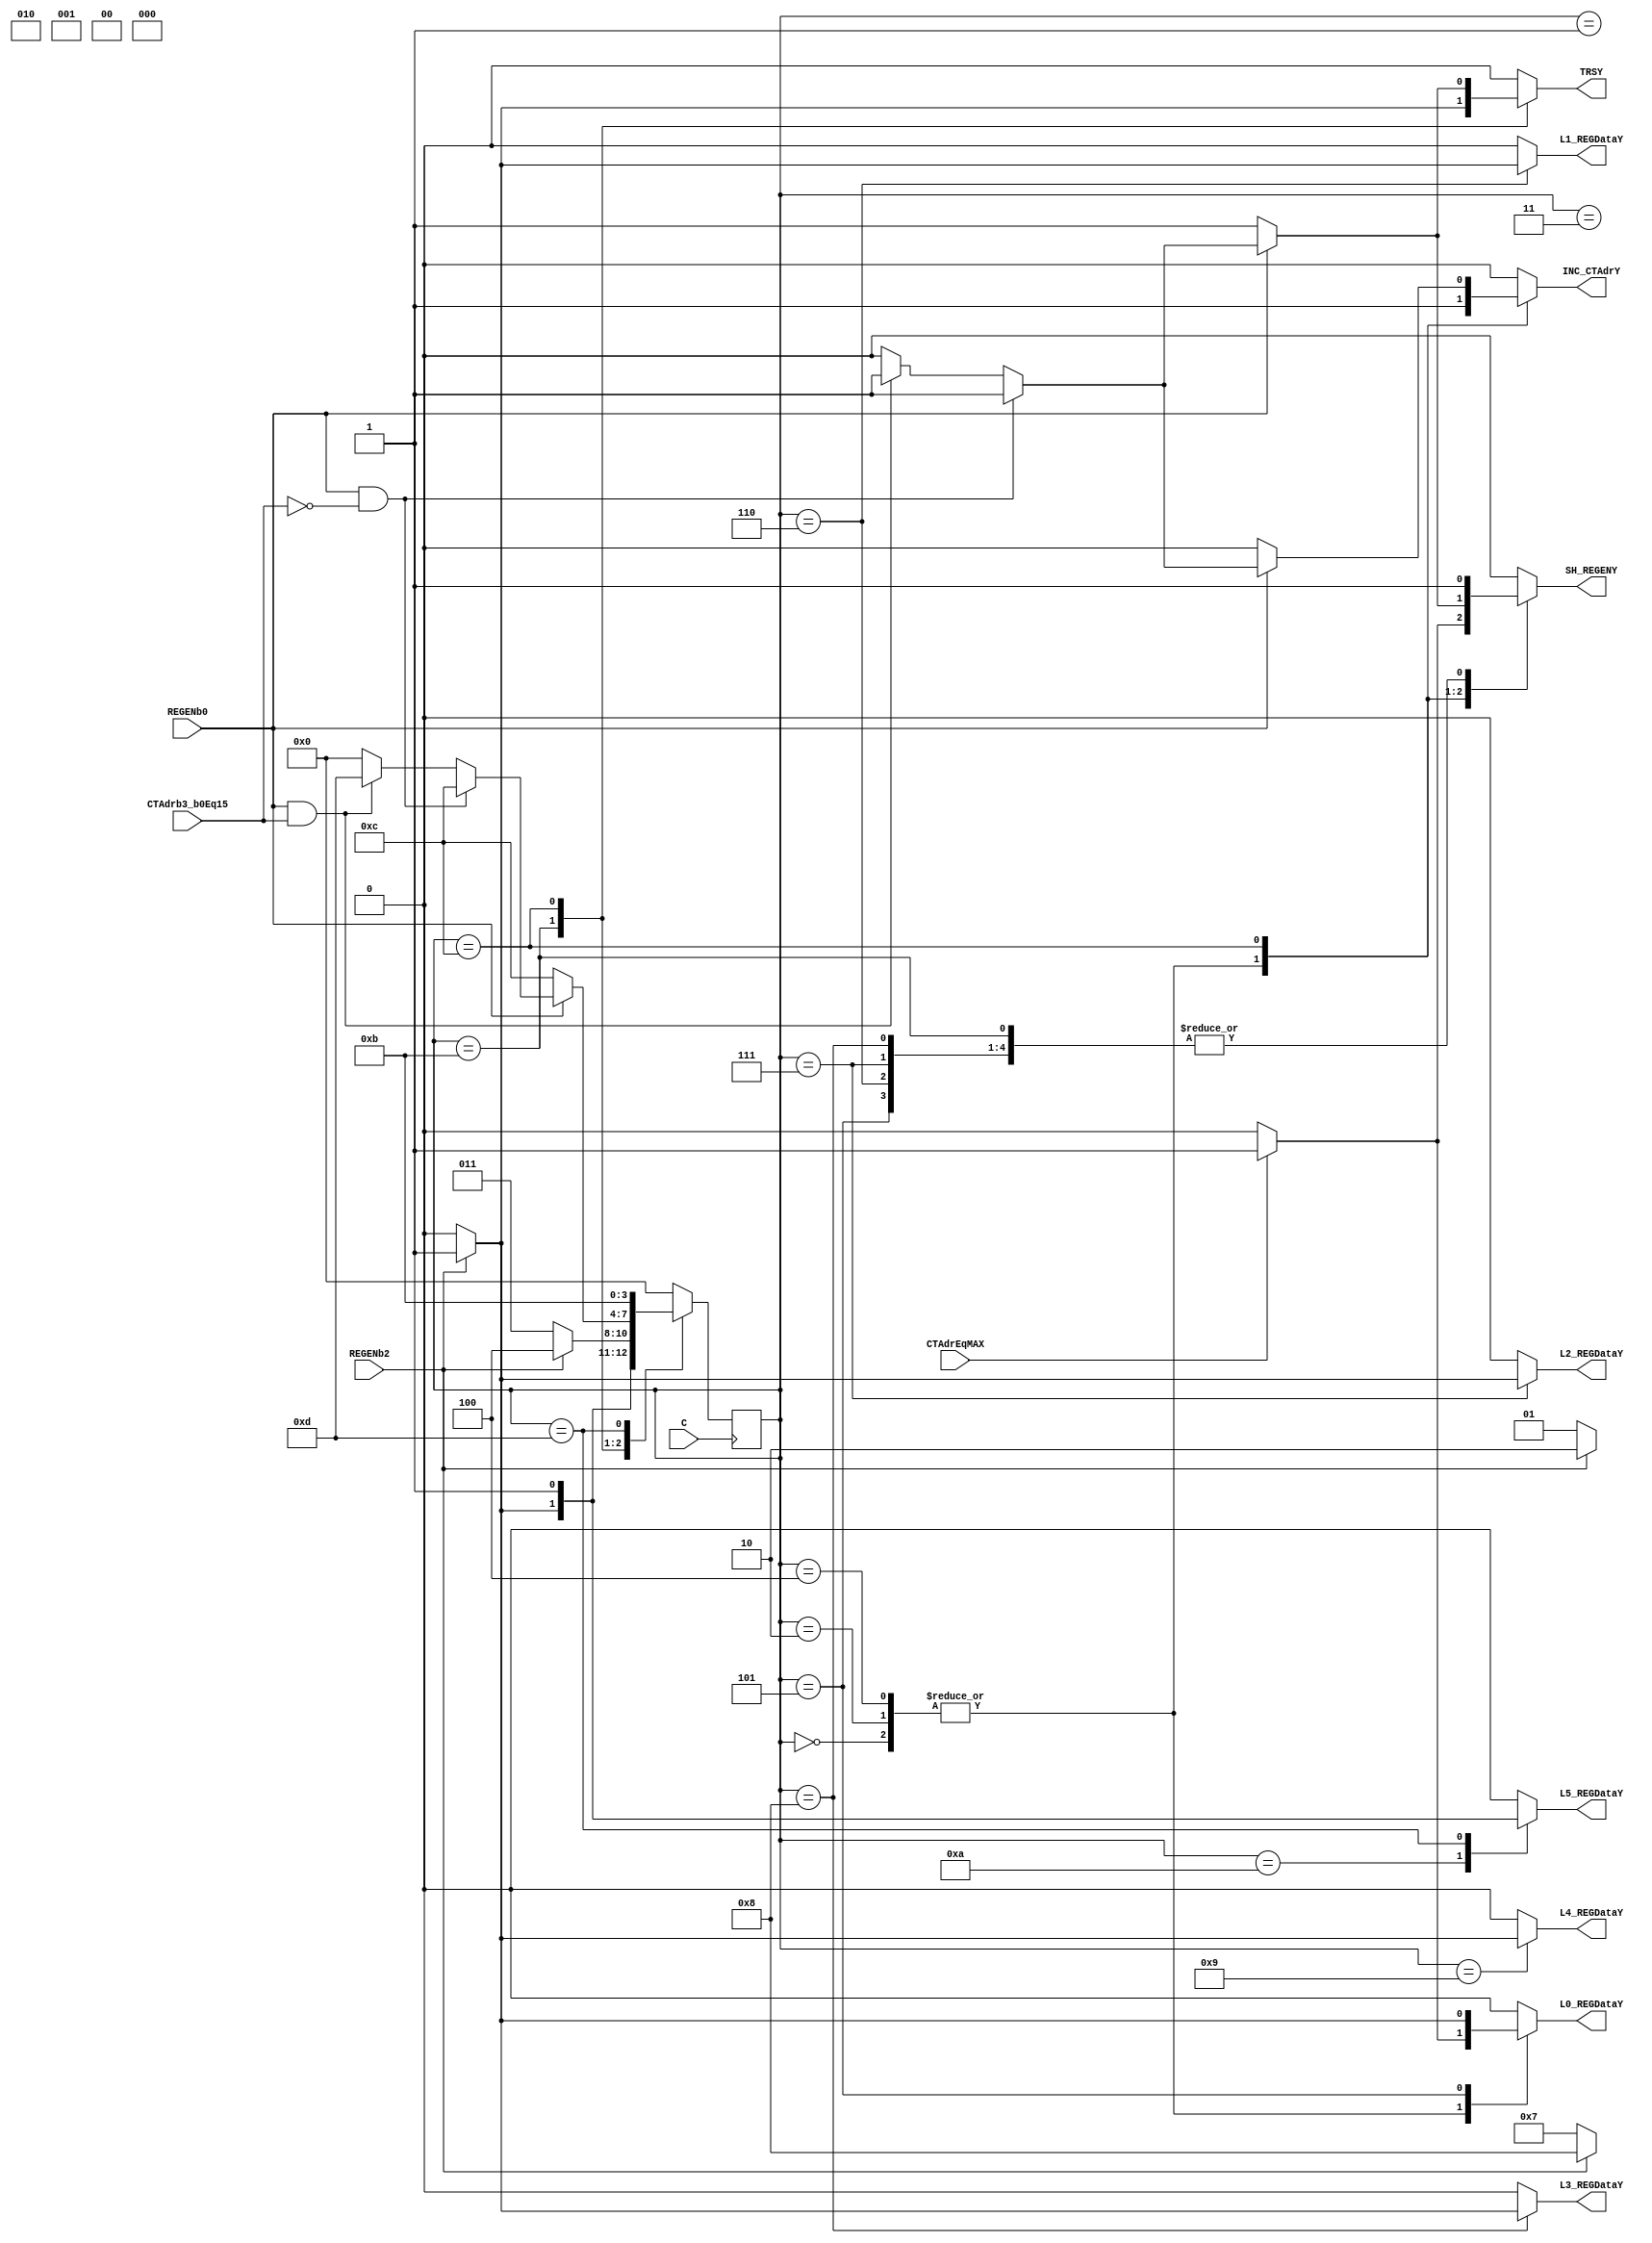
module LCDCD(
		// 
		output reg TRSY,
		output reg SH_REGENY,
		output reg INC_CTAdrY,
		output reg L5_REGDataY,
		output reg L4_REGDataY,
		output reg L3_REGDataY,
		output reg L2_REGDataY,
		output reg L1_REGDataY,
		output reg L0_REGDataY,
			// 
			input REGENb0,
			input CTAdrb3_b0Eq15,
			input REGENb2,
			input CTAdrEqMAX,
				input C);
	parameter	a0  = 0 , a1  = 1 , a2  = 2 , a3  = 3 ,
				a4  = 4 , a5  = 5 , a6  = 6 , a7  = 7 ,
				a8  = 8 , a9  = 9 , a10 = 10, a11 = 11,
				a12 = 12, a13 = 13, a14 = 14, a15 = 15;
	reg [3:0]a;
	reg [3:0]CombLogic;

	always @(posedge C) a <= CombLogic;

	always @(*)
	begin
		case(a)
			a0:
			begin
				if(!CTAdrEqMAX)
				begin	//0
					CombLogic = a0;
					TRSY = 0;
					SH_REGENY = 0;
					INC_CTAdrY = 1;
					L5_REGDataY = 0;
					L4_REGDataY = 0;
					L3_REGDataY = 0;
					L2_REGDataY = 0;
					L1_REGDataY = 0;
					L0_REGDataY = 0;
				end
					else if(CTAdrEqMAX)
					begin	//1
						CombLogic = a1;
						TRSY = 0;
						SH_REGENY = 1;
						INC_CTAdrY = 1;
						L5_REGDataY = 0;
						L4_REGDataY = 0;
						L3_REGDataY = 0;
						L2_REGDataY = 0;
						L1_REGDataY = 0;
						L0_REGDataY = 1;
					end
						else
						begin
							CombLogic = a0;
							TRSY = 0;
							SH_REGENY = 0;
							INC_CTAdrY = 0;
							L5_REGDataY = 0;
							L4_REGDataY = 0;
							L3_REGDataY = 0;
							L2_REGDataY = 0;
							L1_REGDataY = 0;
							L0_REGDataY = 0;
						end
			end
			a1:
			begin
				if(!REGENb2)
				begin	//2
					CombLogic = a1;
					TRSY = 0;
					SH_REGENY = 1;
					INC_CTAdrY = 0;
					L5_REGDataY = 0;
					L4_REGDataY = 0;
					L3_REGDataY = 0;
					L2_REGDataY = 0;
					L1_REGDataY = 0;
					L0_REGDataY = 0;
				end
					else if(REGENb2)
					begin	//3
						CombLogic = a2;
						TRSY = 0;
						SH_REGENY = 1;
						INC_CTAdrY = 0;
						L5_REGDataY = 0;
						L4_REGDataY = 0;
						L3_REGDataY = 0;
						L2_REGDataY = 0;
						L1_REGDataY = 0;
						L0_REGDataY = 0;
					end
						else
						begin
							CombLogic = a0;
							TRSY = 0;
							SH_REGENY = 0;
							INC_CTAdrY = 0;
							L5_REGDataY = 0;
							L4_REGDataY = 0;
							L3_REGDataY = 0;
							L2_REGDataY = 0;
							L1_REGDataY = 0;
							L0_REGDataY = 0;
						end
			end
			a2:
			begin
				if(!CTAdrEqMAX)
				begin	//4
					CombLogic = a2;
					TRSY = 0;
					SH_REGENY = 0;
					INC_CTAdrY = 1;
					L5_REGDataY = 0;
					L4_REGDataY = 0;
					L3_REGDataY = 0;
					L2_REGDataY = 0;
					L1_REGDataY = 0;
					L0_REGDataY = 0;
				end
					else if(CTAdrEqMAX)
					begin	//5
						CombLogic = a3;
						TRSY = 0;
						SH_REGENY = 1;
						INC_CTAdrY = 1;
						L5_REGDataY = 0;
						L4_REGDataY = 0;
						L3_REGDataY = 0;
						L2_REGDataY = 0;
						L1_REGDataY = 0;
						L0_REGDataY = 1;
					end
						else
						begin
							CombLogic = a0;
							TRSY = 0;
							SH_REGENY = 0;
							INC_CTAdrY = 0;
							L5_REGDataY = 0;
							L4_REGDataY = 0;
							L3_REGDataY = 0;
							L2_REGDataY = 0;
							L1_REGDataY = 0;
							L0_REGDataY = 0;
						end
			end
			a3:
			begin
				if(!REGENb2)
				begin	//6
					CombLogic = a3;
					TRSY = 0;
					SH_REGENY = 1;
					INC_CTAdrY = 0;
					L5_REGDataY = 0;
					L4_REGDataY = 0;
					L3_REGDataY = 0;
					L2_REGDataY = 0;
					L1_REGDataY = 0;
					L0_REGDataY = 0;
				end
					else if(REGENb2)
					begin	//7
						CombLogic = a4;
						TRSY = 0;
						SH_REGENY = 1;
						INC_CTAdrY = 0;
						L5_REGDataY = 0;
						L4_REGDataY = 0;
						L3_REGDataY = 0;
						L2_REGDataY = 0;
						L1_REGDataY = 0;
						L0_REGDataY = 0;
					end
						else
						begin
							CombLogic = a0;
							TRSY = 0;
							SH_REGENY = 0;
							INC_CTAdrY = 0;
							L5_REGDataY = 0;
							L4_REGDataY = 0;
							L3_REGDataY = 0;
							L2_REGDataY = 0;
							L1_REGDataY = 0;
							L0_REGDataY = 0;
						end
			end
			a4:
			begin
				if(!CTAdrEqMAX)
				begin	//8
					CombLogic = a4;
					TRSY = 0;
					SH_REGENY = 0;
					INC_CTAdrY = 1;
					L5_REGDataY = 0;
					L4_REGDataY = 0;
					L3_REGDataY = 0;
					L2_REGDataY = 0;
					L1_REGDataY = 0;
					L0_REGDataY = 0;
				end
					else if(CTAdrEqMAX)
					begin	//9
						CombLogic = a5;
						TRSY = 0;
						SH_REGENY = 1;
						INC_CTAdrY = 1;
						L5_REGDataY = 0;
						L4_REGDataY = 0;
						L3_REGDataY = 0;
						L2_REGDataY = 0;
						L1_REGDataY = 0;
						L0_REGDataY = 1;
					end
						else
						begin
							CombLogic = a0;
							TRSY = 0;
							SH_REGENY = 0;
							INC_CTAdrY = 0;
							L5_REGDataY = 0;
							L4_REGDataY = 0;
							L3_REGDataY = 0;
							L2_REGDataY = 0;
							L1_REGDataY = 0;
							L0_REGDataY = 0;
						end
			end
			a5:
			begin
				if(!REGENb2)
				begin	//10
					CombLogic = a5;
					TRSY = 0;
					SH_REGENY = 1;
					INC_CTAdrY = 0;
					L5_REGDataY = 0;
					L4_REGDataY = 0;
					L3_REGDataY = 0;
					L2_REGDataY = 0;
					L1_REGDataY = 0;
					L0_REGDataY = 0;
				end
					else if(REGENb2)
					begin	//11
						CombLogic = a6;
						TRSY = 0;
						SH_REGENY = 1;
						INC_CTAdrY = 0;
						L5_REGDataY = 0;
						L4_REGDataY = 0;
						L3_REGDataY = 0;
						L2_REGDataY = 0;
						L1_REGDataY = 0;
						L0_REGDataY = 1;
					end
						else
						begin
							CombLogic = a0;
							TRSY = 0;
							SH_REGENY = 0;
							INC_CTAdrY = 0;
							L5_REGDataY = 0;
							L4_REGDataY = 0;
							L3_REGDataY = 0;
							L2_REGDataY = 0;
							L1_REGDataY = 0;
							L0_REGDataY = 0;
						end
			end
			a6:
			begin
				if(!REGENb2)
				begin	//12
					CombLogic = a6;
					TRSY = 0;
					SH_REGENY = 1;
					INC_CTAdrY = 0;
					L5_REGDataY = 0;
					L4_REGDataY = 0;
					L3_REGDataY = 0;
					L2_REGDataY = 0;
					L1_REGDataY = 0;
					L0_REGDataY = 0;
				end
					else if(REGENb2)
					begin	//13
						CombLogic = a7;
						TRSY = 0;
						SH_REGENY = 1;
						INC_CTAdrY = 0;
						L5_REGDataY = 0;
						L4_REGDataY = 0;
						L3_REGDataY = 0;
						L2_REGDataY = 0;
						L1_REGDataY = 1;
						L0_REGDataY = 0;
					end
						else
						begin
							CombLogic = a0;
							TRSY = 0;
							SH_REGENY = 0;
							INC_CTAdrY = 0;
							L5_REGDataY = 0;
							L4_REGDataY = 0;
							L3_REGDataY = 0;
							L2_REGDataY = 0;
							L1_REGDataY = 0;
							L0_REGDataY = 0;
						end
			end
			a7:
			begin
				if(!REGENb2)
				begin	//14
					CombLogic = a7;
					TRSY = 0;
					SH_REGENY = 1;
					INC_CTAdrY = 0;
					L5_REGDataY = 0;
					L4_REGDataY = 0;
					L3_REGDataY = 0;
					L2_REGDataY = 0;
					L1_REGDataY = 0;
					L0_REGDataY = 0;
				end
					else if(REGENb2)
					begin	//15
						CombLogic = a8;
						TRSY = 0;
						SH_REGENY = 1;
						INC_CTAdrY = 0;
						L5_REGDataY = 0;
						L4_REGDataY = 0;
						L3_REGDataY = 0;
						L2_REGDataY = 1;
						L1_REGDataY = 0;
						L0_REGDataY = 0;
					end
						else
						begin
							CombLogic = a0;
							TRSY = 0;
							SH_REGENY = 0;
							INC_CTAdrY = 0;
							L5_REGDataY = 0;
							L4_REGDataY = 0;
							L3_REGDataY = 0;
							L2_REGDataY = 0;
							L1_REGDataY = 0;
							L0_REGDataY = 0;
						end
			end
			a8:
			begin
				if(!REGENb2)
				begin	//16
					CombLogic = a8;
					TRSY = 0;
					SH_REGENY = 1;
					INC_CTAdrY = 0;
					L5_REGDataY = 0;
					L4_REGDataY = 0;
					L3_REGDataY = 0;
					L2_REGDataY = 0;
					L1_REGDataY = 0;
					L0_REGDataY = 0;
				end
					else if(REGENb2)
					begin	//17
						CombLogic = a9;
						TRSY = 0;
						SH_REGENY = 1;
						INC_CTAdrY = 0;
						L5_REGDataY = 0;
						L4_REGDataY = 0;
						L3_REGDataY = 1;
						L2_REGDataY = 0;
						L1_REGDataY = 0;
						L0_REGDataY = 0;
					end
						else
						begin
							CombLogic = a0;
							TRSY = 0;
							SH_REGENY = 0;
							INC_CTAdrY = 0;
							L5_REGDataY = 0;
							L4_REGDataY = 0;
							L3_REGDataY = 0;
							L2_REGDataY = 0;
							L1_REGDataY = 0;
							L0_REGDataY = 0;
						end
			end
			a9:
			begin
				if(!REGENb2)
				begin	//18
					CombLogic = a9;
					TRSY = 0;
					SH_REGENY = 1;
					INC_CTAdrY = 0;
					L5_REGDataY = 0;
					L4_REGDataY = 0;
					L3_REGDataY = 0;
					L2_REGDataY = 0;
					L1_REGDataY = 0;
					L0_REGDataY = 0;
				end
					else if(REGENb2)
					begin	//19
						CombLogic = a10;
						TRSY = 0;
						SH_REGENY = 1;
						INC_CTAdrY = 0;
						L5_REGDataY = 0;
						L4_REGDataY = 1;
						L3_REGDataY = 0;
						L2_REGDataY = 0;
						L1_REGDataY = 0;
						L0_REGDataY = 0;
					end
						else
						begin
							CombLogic = a0;
							TRSY = 0;
							SH_REGENY = 0;
							INC_CTAdrY = 0;
							L5_REGDataY = 0;
							L4_REGDataY = 0;
							L3_REGDataY = 0;
							L2_REGDataY = 0;
							L1_REGDataY = 0;
							L0_REGDataY = 0;
						end
			end
			a10:
			begin
				if(!REGENb2)
				begin	//20
					CombLogic = a10;
					TRSY = 0;
					SH_REGENY = 1;
					INC_CTAdrY = 0;
					L5_REGDataY = 0;
					L4_REGDataY = 0;
					L3_REGDataY = 0;
					L2_REGDataY = 0;
					L1_REGDataY = 0;
					L0_REGDataY = 0;
				end
					else if(REGENb2)
					begin	//21
						CombLogic = a11;
						TRSY = 0;
						SH_REGENY = 1;
						INC_CTAdrY = 0;
						L5_REGDataY = 1;
						L4_REGDataY = 0;
						L3_REGDataY = 0;
						L2_REGDataY = 0;
						L1_REGDataY = 0;
						L0_REGDataY = 0;
					end
						else
						begin
							CombLogic = a0;
							TRSY = 0;
							SH_REGENY = 0;
							INC_CTAdrY = 0;
							L5_REGDataY = 0;
							L4_REGDataY = 0;
							L3_REGDataY = 0;
							L2_REGDataY = 0;
							L1_REGDataY = 0;
							L0_REGDataY = 0;
						end
			end
			a11:
			begin
				if(!REGENb2)
				begin	//22
					CombLogic = a11;
					TRSY = 0;
					SH_REGENY = 1;
					INC_CTAdrY = 0;
					L5_REGDataY = 0;
					L4_REGDataY = 0;
					L3_REGDataY = 0;
					L2_REGDataY = 0;
					L1_REGDataY = 0;
					L0_REGDataY = 0;
				end
					else if(REGENb2)
					begin	//23
						CombLogic = a12;
						TRSY = 1;
						SH_REGENY = 1;
						INC_CTAdrY = 0;
						L5_REGDataY = 0;
						L4_REGDataY = 0;
						L3_REGDataY = 0;
						L2_REGDataY = 0;
						L1_REGDataY = 0;
						L0_REGDataY = 0;
					end
						else
						begin
							CombLogic = a0;
							TRSY = 0;
							SH_REGENY = 0;
							INC_CTAdrY = 0;
							L5_REGDataY = 0;
							L4_REGDataY = 0;
							L3_REGDataY = 0;
							L2_REGDataY = 0;
							L1_REGDataY = 0;
							L0_REGDataY = 0;
						end
			end
			a12:
			begin
				if(!REGENb0)
				begin	//24
					CombLogic = a12;
					TRSY = 1;
					SH_REGENY = 1;
					INC_CTAdrY = 0;
					L5_REGDataY = 0;
					L4_REGDataY = 0;
					L3_REGDataY = 0;
					L2_REGDataY = 0;
					L1_REGDataY = 0;
					L0_REGDataY = 0;
				end
					else if(REGENb0 && !CTAdrb3_b0Eq15)
					begin	//25
						CombLogic = a12;
						TRSY = 1;
						SH_REGENY = 1;
						INC_CTAdrY = 1;
						L5_REGDataY = 0;
						L4_REGDataY = 0;
						L3_REGDataY = 0;
						L2_REGDataY = 0;
						L1_REGDataY = 0;
						L0_REGDataY = 0;
					end
						else if(REGENb0 && CTAdrb3_b0Eq15)
						begin	//26
							CombLogic = a13;
							TRSY = 1;
							SH_REGENY = 1;
							INC_CTAdrY = 1;
							L5_REGDataY = 0;
							L4_REGDataY = 0;
							L3_REGDataY = 0;
							L2_REGDataY = 0;
							L1_REGDataY = 0;
							L0_REGDataY = 0;
						end
							else
							begin
								CombLogic = a0;
								TRSY = 0;
								SH_REGENY = 0;
								INC_CTAdrY = 0;
								L5_REGDataY = 0;
								L4_REGDataY = 0;
								L3_REGDataY = 0;
								L2_REGDataY = 0;
								L1_REGDataY = 0;
								L0_REGDataY = 0;
							end
			end
			a13:
			begin	//27
				CombLogic = a11;
				TRSY = 0;
				SH_REGENY = 1;
				INC_CTAdrY = 0;
				L5_REGDataY = 1;
				L4_REGDataY = 0;
				L3_REGDataY = 0;
				L2_REGDataY = 0;
				L1_REGDataY = 0;
				L0_REGDataY = 0;
			end
			default:
			begin
				CombLogic = a0;
				TRSY = 0;
				SH_REGENY = 0;
				INC_CTAdrY = 0;
				L5_REGDataY = 0;
				L4_REGDataY = 0;
				L3_REGDataY = 0;
				L2_REGDataY = 0;
				L1_REGDataY = 0;
				L0_REGDataY = 0;
			end
		endcase
	end
endmodule